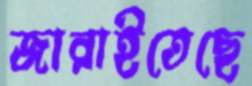
জারাইতেছে